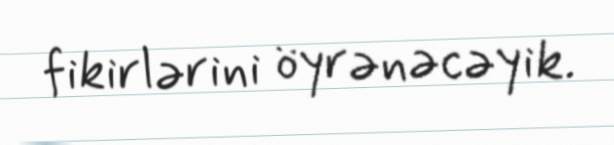
fikirlərini öyrənəcəyik.